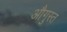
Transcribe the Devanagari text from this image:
औगुस्त